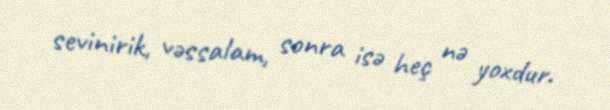
sevinirik, vəssalam, sonra isə heç nə yoxdur.